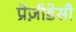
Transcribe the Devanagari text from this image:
प्रेज़ीडेसी